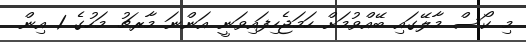
މި ކޯސް މާލޭގައި ބޭއްވުމަށް ހަމަޖެހިފައިވަނީ އަންނަ މާރޗު މަހުގެ 1 އިން